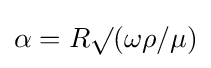
\alpha =R\surd (\omega \rho /\mu )